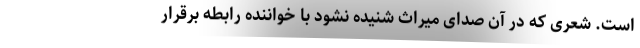
است. شعری که در آن صدای میراث شنیده نشود با خواننده رابطه برقرار